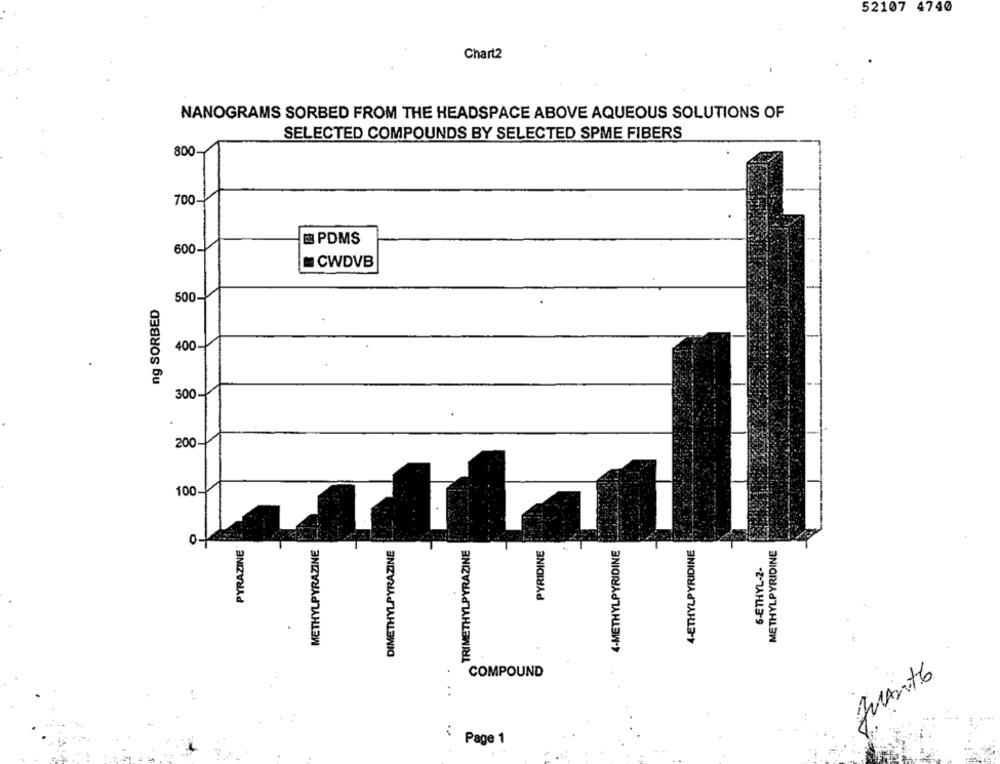
52107 4740
Chart2
NANOGRAMS SORBED FROM THE HEADSPACE ABOVE AQUEOUS SOLUTIONS OF
SELECTED COMPOUNDS BY SELECTED SPME FIBERS
800
700
PDMS
600-
CWDVB
500-
ng SORBED
8
300
200
100
PYRAZINE
METHYLPYRAZINE
DIMETHYLPYRAZINE
TRIMETHYLPYRAZINE
PYRIDINE
4-METHYLPYRIDINE
4-ETHYLPYRIDINE
METHYLPYRIDINE
5-ETHYL-2-
COMPOUND
JuanTE
i Page 1